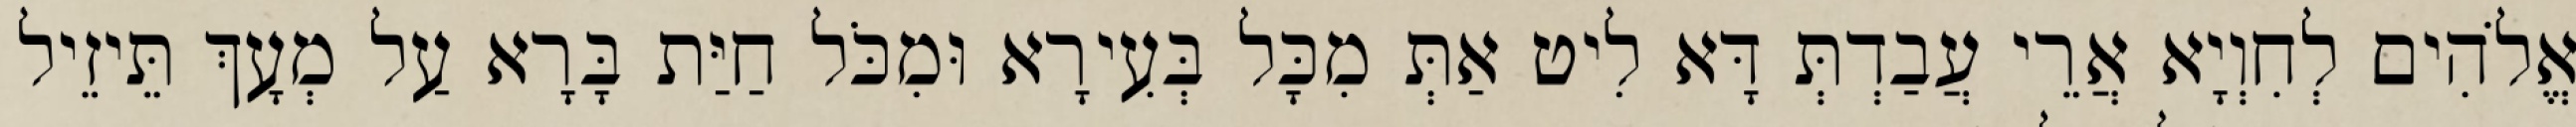
אֱלֹהִים לְחִוְיָא אֲרֵי עֲבַדְתְּ דָּא לִיט אַתְּ מִכָּל בְּעִירָא וּמִכֹּל חַיַּת בָּרָא עַל מְעָךְ תֵּיזֵיל